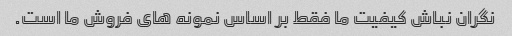
نگران نباش کیفیت ما فقط بر اساس نمونه های فروش ما است.